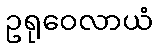
ဥရုဝေလာယံ